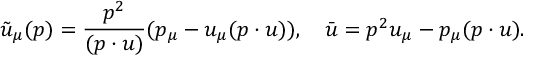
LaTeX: \tilde { u } _ { \mu } ( p ) = \frac { p ^ { 2 } } { ( p \cdot u ) } ( p _ { \mu } - u _ { \mu } ( p \cdot u ) ) , \quad \bar { u } = p ^ { 2 } u _ { \mu } - p _ { \mu } ( p \cdot u ) .